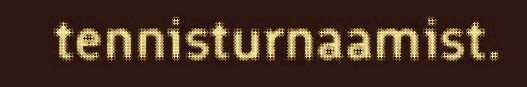
tennisturnaamist.